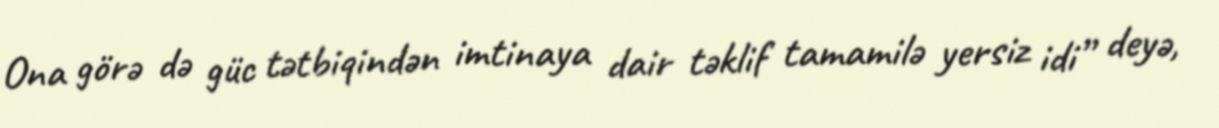
Ona görə də güc tətbiqindən imtinaya dair təklif tamamilə yersiz idi” deyə,